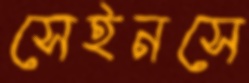
সেইনসে